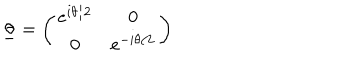
\underline { { { \theta } } } = \left( \begin{array} { c c } { { e ^ { i \theta / 2 } } } & { { 0 } } \\ { { 0 } } & { { e ^ { - i \theta / 2 } } } \\ \end{array} \right)